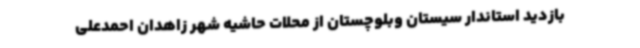
بازدید استاندار سیستان وبلوچستان از محلات حاشیه شهر زاهدان احمدعلی